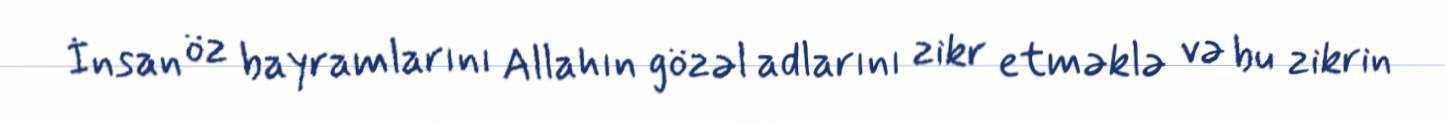
İnsan öz bayramlarını Allahın gözəl adlarını zikr etməklə və bu zikrin